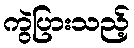
ကွဲပြားသည့်